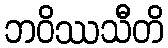
ဘဝိဿသီတိ